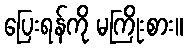
ပြေးရန်ကို မကြိုးစား။